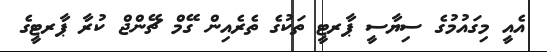
އެއީ މިގައުމުގެ ސިޔާސީ ޕާރޓީ ތަކުގެ ތެރެއިން ގޭމް ޗޭންޖް ކުރާ ޕާރޓީގެ